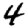
Digit: 4